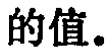
的值。